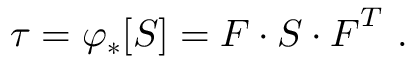
{ \boldsymbol { \tau } } = \varphi _ { * } [ { \boldsymbol { S } } ] = { \boldsymbol { F } } \cdot { \boldsymbol { S } } \cdot { \boldsymbol { F } } ^ { T } ~ .